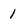
Character: 1